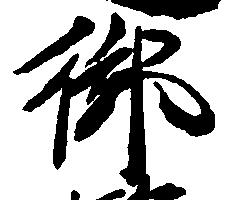
御